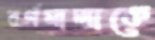
বর্ণমালাকে